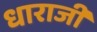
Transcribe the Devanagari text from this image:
धाराजी